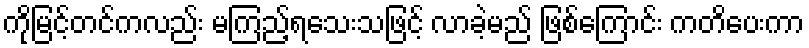
ကိုမြင့်တင်ကလည်း မကြည့်ရသေးသဖြင့် လာခဲ့မည် ဖြစ်ကြောင်း ကတိပေးကာ